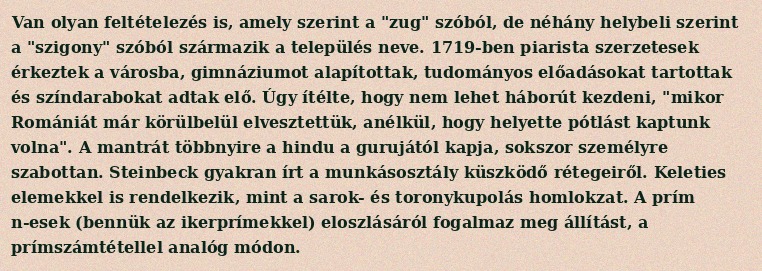
Van olyan feltételezés is, amely szerint a "zug" szóból, de néhány helybeli szerint a "szigony" szóból származik a település neve. 1719-ben piarista szerzetesek érkeztek a városba, gimnáziumot alapítottak, tudományos előadásokat tartottak és színdarabokat adtak elő. Úgy ítélte, hogy nem lehet háborút kezdeni, "mikor Romániát már körülbelül elvesztettük, anélkül, hogy helyette pótlást kaptunk volna". A mantrát többnyire a hindu a gurujától kapja, sokszor személyre szabottan. Steinbeck gyakran írt a munkásosztály küszködő rétegeiről. Keleties elemekkel is rendelkezik, mint a sarok- és toronykupolás homlokzat. A prím n-esek (bennük az ikerprímekkel) eloszlásáról fogalmaz meg állítást, a prímszámtétellel analóg módon.